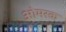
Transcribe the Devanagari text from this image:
ओमस्क